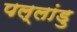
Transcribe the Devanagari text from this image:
पल्लांडु